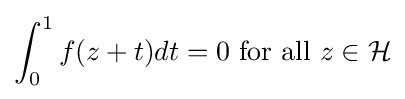
\int _{0}^{1}f(z+t)dt=0{\text{ for all }}z\in {\mathcal {H}}